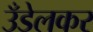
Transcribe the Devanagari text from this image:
उँडेलकर